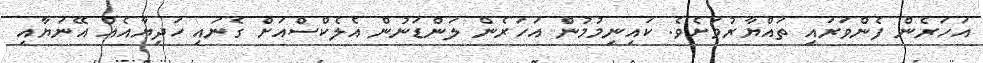
އަހަރެން ފެންވަރައި ތައްޔާރުވަށެވެ. ކައިނިމުމުން އަހަރެން ލަންޑަނުން އެލެކްސްއަށް ގެނައި ހަދިޔާއެއް އޭނަޔާއި